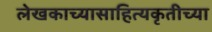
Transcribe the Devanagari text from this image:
लेखकाच्यासाहित्यकृतीच्या